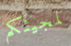
لمجيئكم